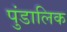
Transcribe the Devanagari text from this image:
पुंडालिक